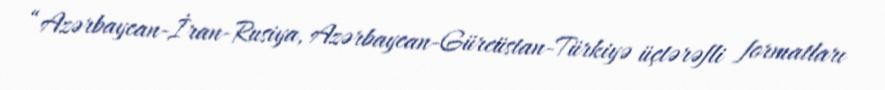
“Azərbaycan-İran-Rusiya, Azərbaycan-Gürcüstan-Türkiyə üçtərəfli formatları